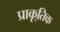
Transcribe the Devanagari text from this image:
प्राकृ्तिक